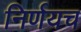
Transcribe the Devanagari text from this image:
निर्णयच